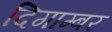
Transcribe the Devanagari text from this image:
दिगाम्बर